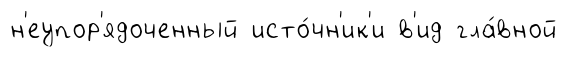
н'еупор'ядоченный исто́чн'ик'и в'ид гла́вной